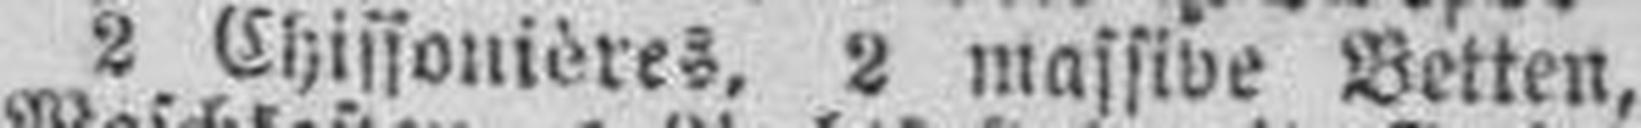
2 Chissonières, 2 massive Betten,